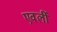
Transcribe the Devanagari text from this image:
एवर्ली